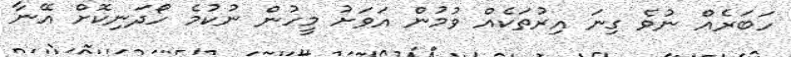
ހަބަރެއް ނުވެ ގިނަ އިރުތަކެއް ވުމުން އަވަށު މީހުން ނުކުމެ ހޯދަނިކޮށް އޭނާ